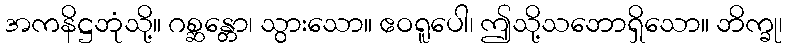
အကနိဋ္ဌဘုံသို့။ ဂစ္ဆန္တော၊ သွားသော။ ဧဝရူပေါ၊ ဤသို့သဘောရှိသော။ ဘိက္ခု၊